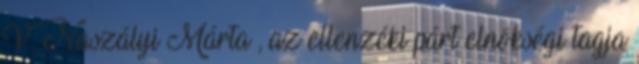
V. Naszályi Márta , az ellenzéki párt elnökségi tagja